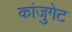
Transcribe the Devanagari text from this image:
कांजुगेट